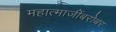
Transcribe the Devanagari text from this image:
महात्माजींबरोबर